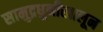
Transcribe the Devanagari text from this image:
सामुद्रधुनीखालून